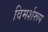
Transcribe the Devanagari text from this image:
विमर्शरूप